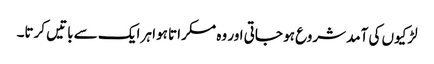
لڑکیوں کی آمد شروع ہو جاتی اور وہ مسکراتا ہوا ہر ایک سے باتیں کرتا۔